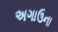
અગાઉના